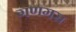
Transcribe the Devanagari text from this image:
गणगस